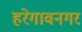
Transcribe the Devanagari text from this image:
हरेगावनगर